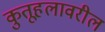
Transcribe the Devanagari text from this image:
कुतूहलावरील